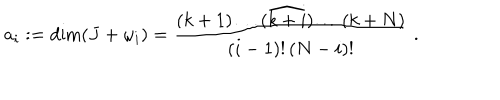
LaTeX: a _ { i } : = \dim ( J + \omega _ { i } ) = \frac { ( k + 1 ) \dots ( \widehat { k + i } ) \dots ( k + N ) } { ( i - 1 ) ! \, ( N - i ) ! } \; .